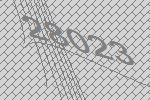
28023